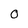
Character: O